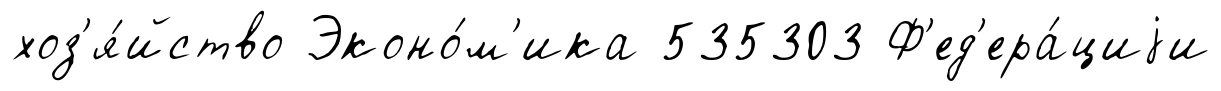
хоз'я́йство Эконо́м'ика 535303 Ф'ед'ера́циjи